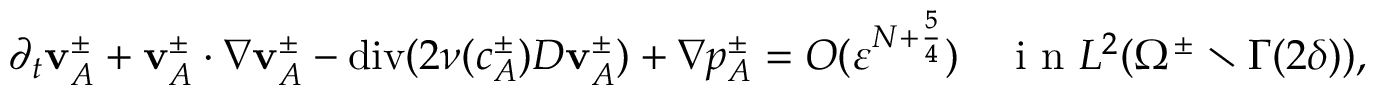
\partial _ { t } \mathbf { v } _ { A } ^ { \pm } + \mathbf { v } _ { A } ^ { \pm } \cdot \nabla \mathbf { v } _ { A } ^ { \pm } - \operatorname { d i v } ( 2 \nu ( c _ { A } ^ { \pm } ) D \mathbf { v } _ { A } ^ { \pm } ) + \nabla p _ { A } ^ { \pm } = O ( \ensuremath { \varepsilon } ^ { N + \frac 5 4 } ) \quad \mathrm { ~ i ~ n ~ } L ^ { 2 } ( \Omega ^ { \pm } \setminus \Gamma ( 2 \delta ) ) ,